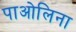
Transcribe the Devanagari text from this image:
पाओलिना